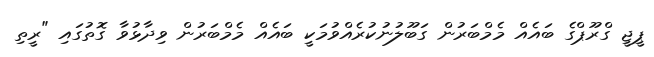
ޕީޖީ ގްރޫޕްގެ ބައެއް މެމްބަރުން ގަބޫލުނުކުރެއްވުމަކީ ބައެއް މެމްބަރުން ވިދާޅުވާ ގޮތުގައި "ރީތި